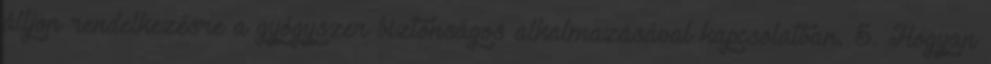
álljon rendelkezésre a gyógyszer biztonságos alkalmazásával kapcsolatban. 5. Hogyan